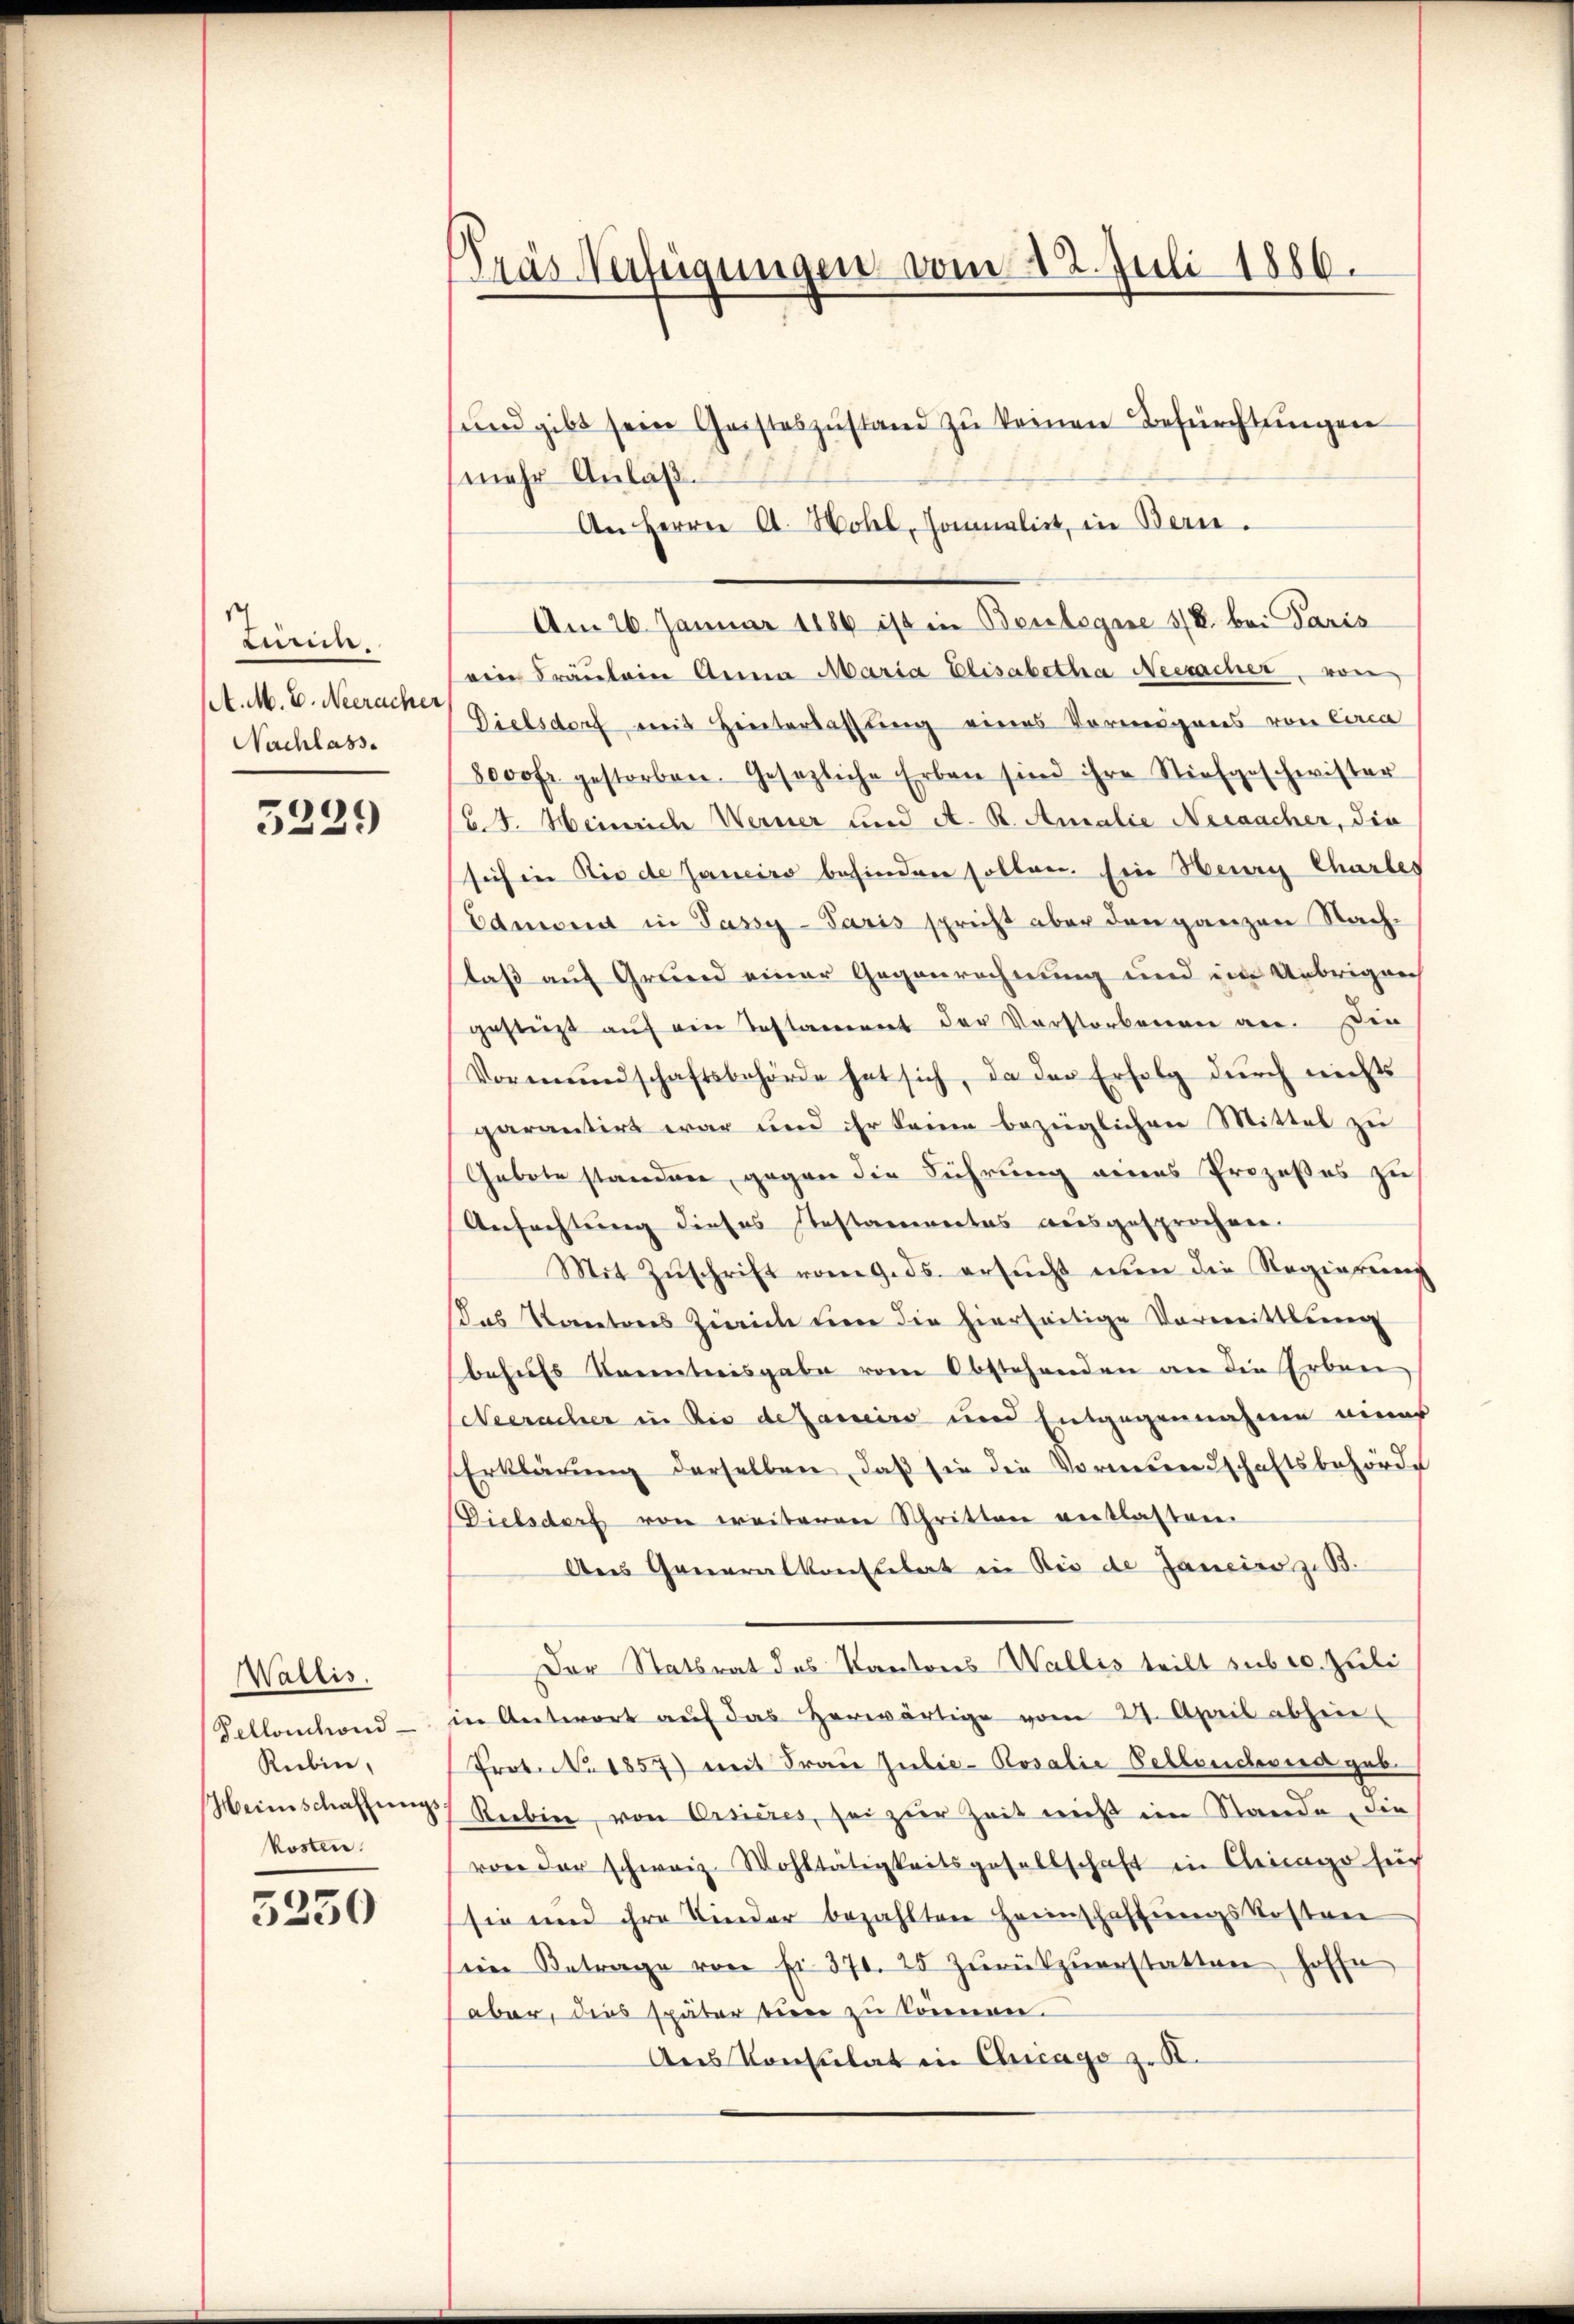
Zürich.
(A. M. E. Neeracher
Nachlass.

5229

Wallis.
Pellonhond
Rubin,
Weinschaffungs
kosten.

5250

Tras Verfügungen vom 22. Juli 1886.

ŭnd gibt sein Geisteszŭstand zŭ keinen Befürchtungen
mehr Anlaß.
An Herrn A. Hotel, sonalist, in Bern.
Am 26. Januar 1886 ist in Benlegene 3/8. bei Paris
eine Fräulein Anna Maria Elisabetha Neeracher, von
Dielsdorf mit Hinterlassung eines Vermögens von Circa
8000 fr gestorben. Gesezliche Erben sind ihre Stiefgeschwister
6 J. Heinrich Werner und A. R. Amalie Neracher, die
sich in Rio de Janeiro behinden sollen. Ein Herrn Charles
Edmond in Passy-Paris spricht aber den ganzen Nach-
laß auf Grund einer Gegenrechnung und im Uebrigen
gesteigt auf ein Testament der Vorstorbenen an. Die
Vormŭndschaftsbehörde hat sich, da der Erfolg dŭrch nichts
parantirt war und ihr kaum bezüglichen Mittel zu
Gebote standen gegen die Führung eines Prozeßes zu
Anfachtung dieses Testamentas ausgesprochen.
Mit Zŭschrift vom 9. ds. ersucht nun die Regierung
Das Sonetors Zeich um die hierseitige Vormittlung
behufs Kenntnisgabe vom Abstehenden an die Erben
Neeracher in die de Janeiro und Entgegennahme einer
Erklärung derselben, daß sie die Vormundschaftsbehörde
Dielsdorf von weiteren Schritten entlasten
Aus Generalkonsulat in Rio de Janeiro zu
Der Statsrat des Kantons Wallis teilt sub 20. Juli
n Antwort auf das herwärtige vom 24. April abhin
Prot. N. 1857) mit Frau Julie- Rosalie Bellendovia geb.
Rieben von Ersieres, sei zur Zeit nicht im Stande, die
von der schweiz. Wohltätigkeitsgesellschaft in Kleinge sech
sie und ihre Kinder bezahlten Heimschaffungskostrei
ein Betrage von Fr. 370. 25 zŭrückzuerstatten, hoffe
aber, dies später eine zu können.
Aus Konsulat in Chicago z. K.